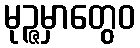
မုဉ္ဇမှာတွေဝ